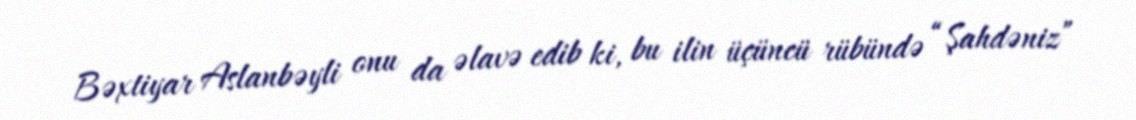
Bəxtiyar Aslanbəyli onu da əlavə edib ki, bu ilin üçüncü rübündə “Şahdəniz”